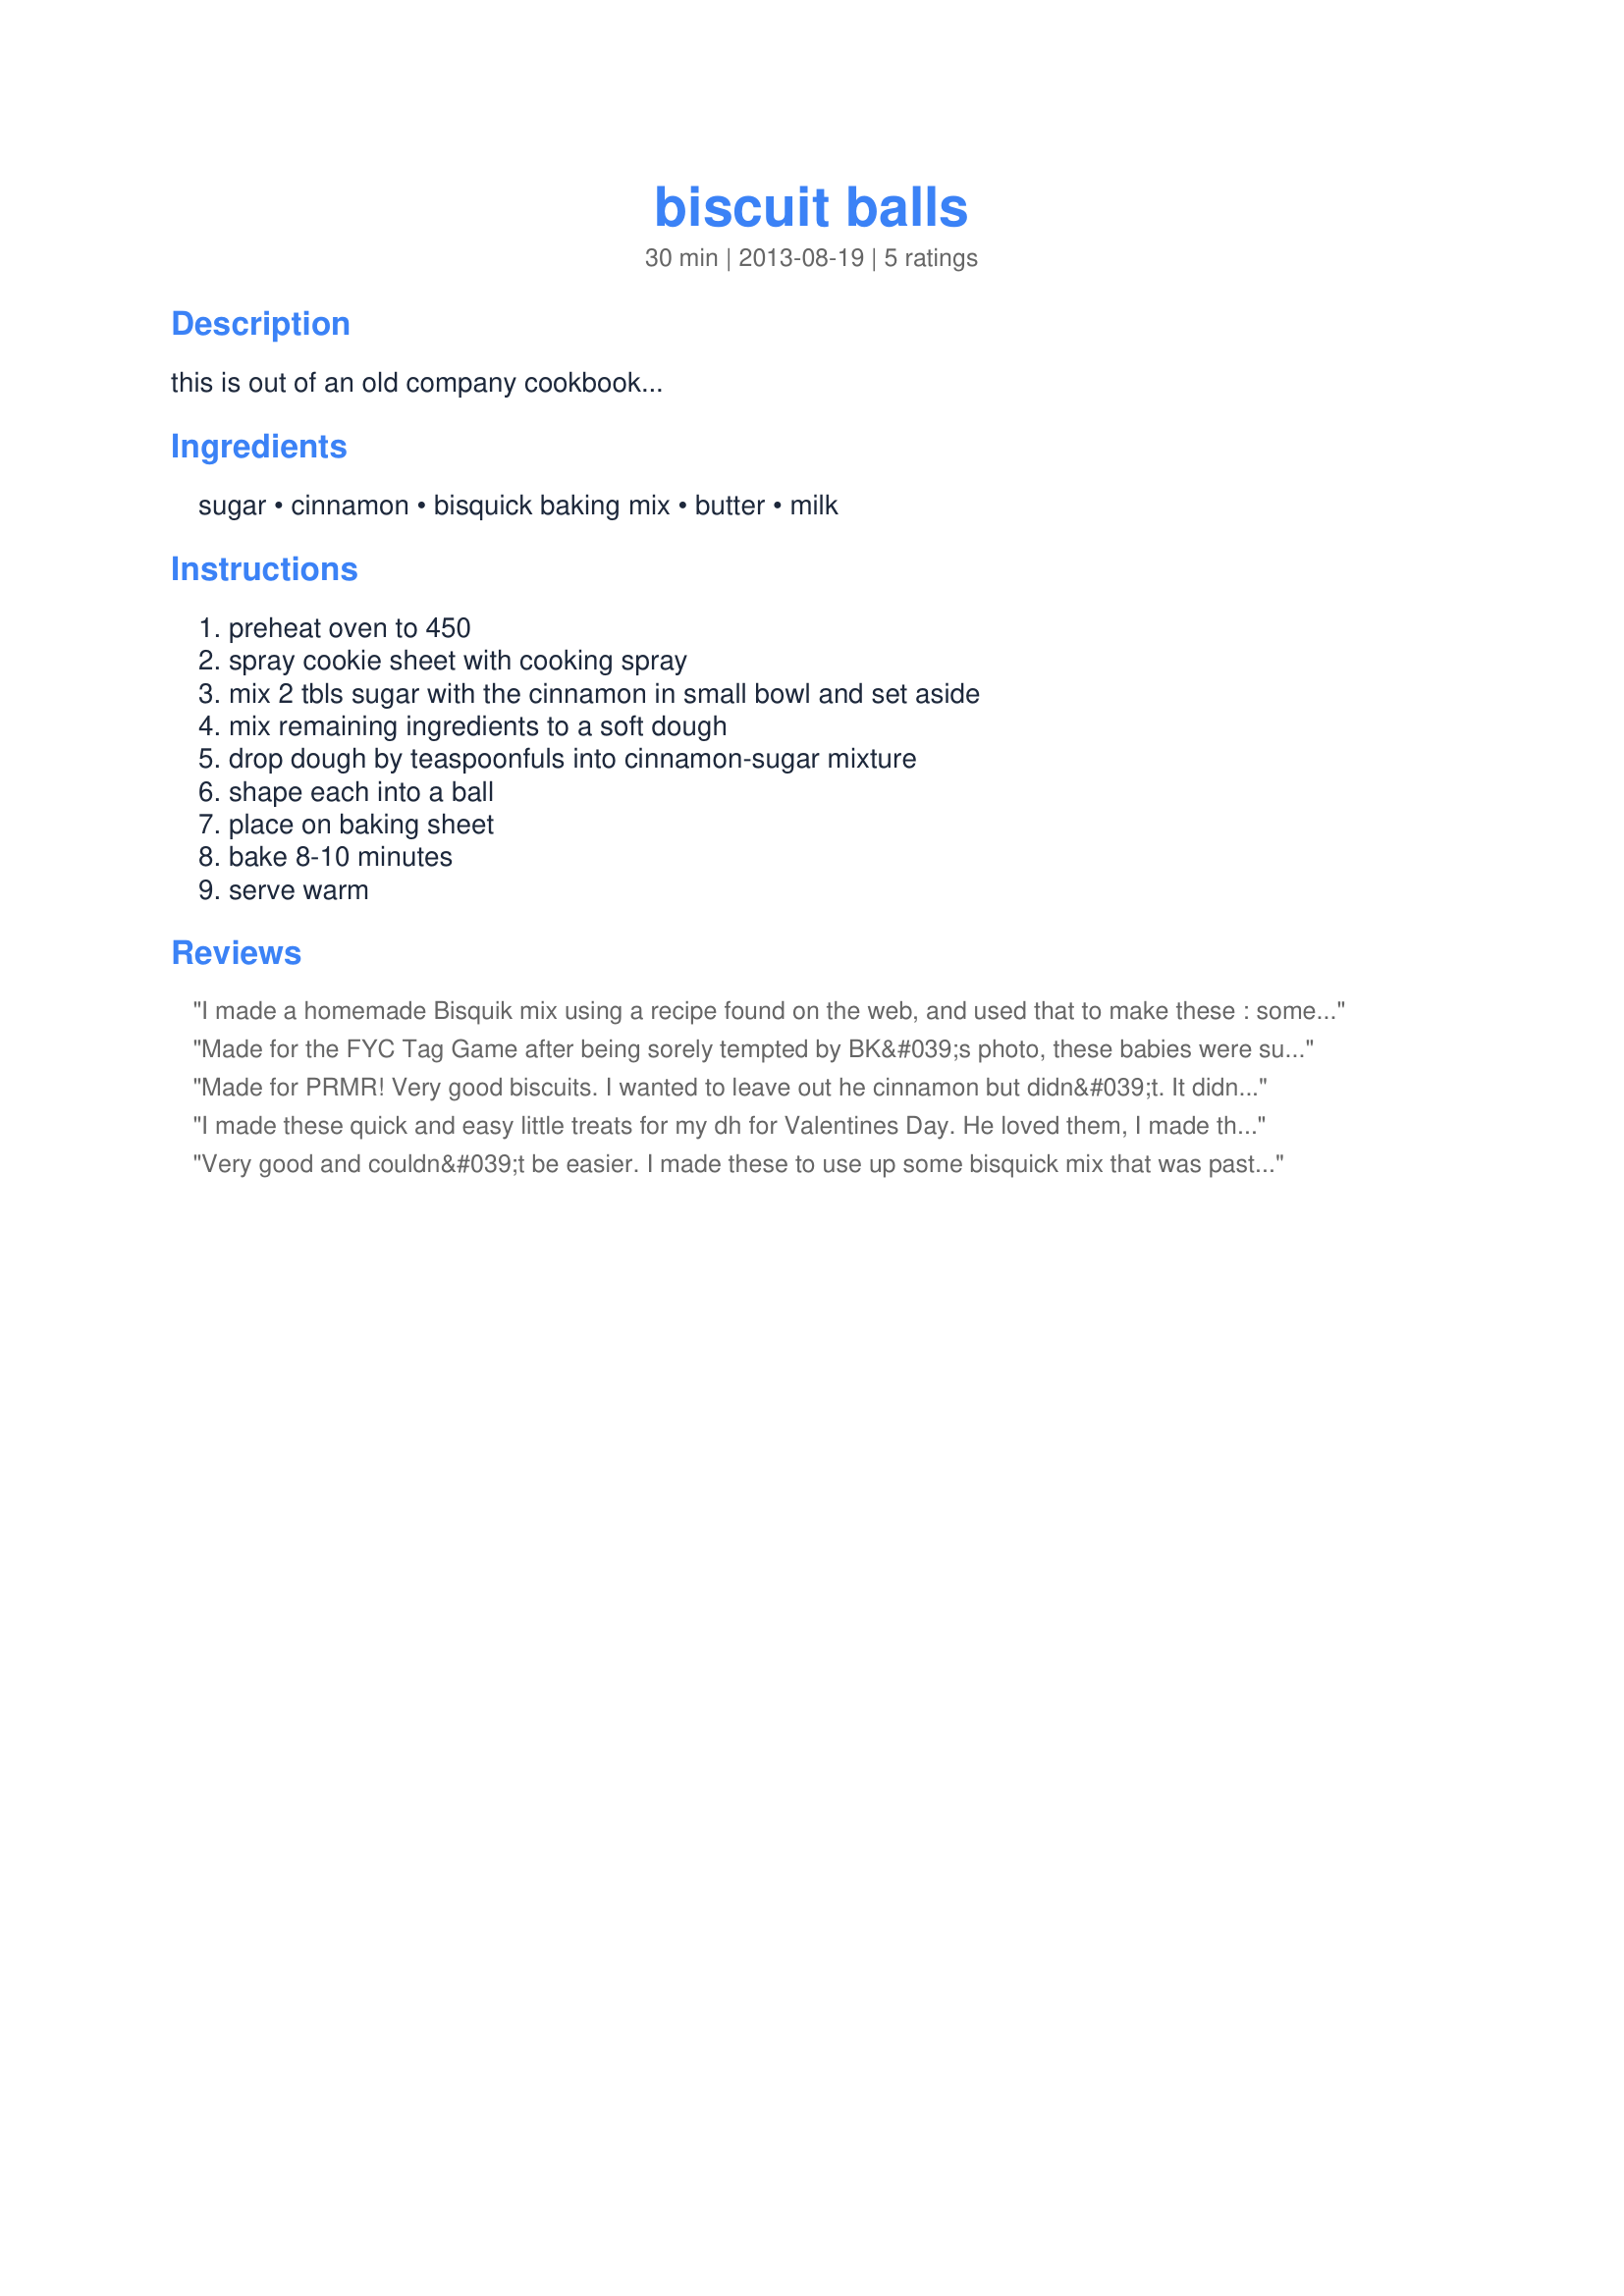
biscuit balls
Preparation time: 30 minutes

this is out of an old company cookbook...

Ingredients:
sugar, cinnamon, bisquick baking mix, butter, milk

Steps:
preheat oven to 450, spray cookie sheet with cooking spray, mix 2 tbls sugar with the cinnamon in small bowl and set aside, mix remaining ingredients to a soft dough, drop dough by teaspoonfuls into cinnamon-sugar mixture, shape each into a ball, place on baking sheet, bake 8-10 minutes, serve warm

Reviews:
I made a homemade Bisquik mix using a recipe found on the web, and used that to make these : somehow I had expected a doughnut texture but these are more like little scones, I could easily have made them a bit bigger, but DH enjoyed putting a little marmalade in the centre and found them very tasty! Very easy to make, especially now I have my Bisquik mix stored away :) Thank you, glad to have tried these! made for Consideration Tag Game
Made for the FYC Tag Game after being sorely tempted by BK&#039;s photo, these babies were such an easy-fix &amp; tasty treat that DH &amp; I ate w/our coffee in the morning &amp; as dessert at night. Taking my cue from BK, I did reduce the oven temp to 400 &amp; I also made them tbsp-size vs tsp-size. I wonder if these would work for a small version of Monkey Bread ?? Thx for sharing this recipe w/us.
Made for PRMR! Very good biscuits. I wanted to leave out he cinnamon but didn&#039;t. It didn&#039;t have a strong flavor. It made a great side to my scrambled eggs and bacon this morning! Thanks
I made these quick and easy little treats for my dh for Valentines Day. He loved them, I made them exactly as written but drizzled them with a little icing sugar glaze. My dh loved them, I knew he would. Please watch your ovens, I cooked these for 6 minutes and they started to burn. Next time, I will bake them at a lower heat. Thanks for sharing.
Very good and couldn&#039;t be easier. I made these to use up some bisquick mix that was past the expired date and they came out fine. Thanks for sharing!
